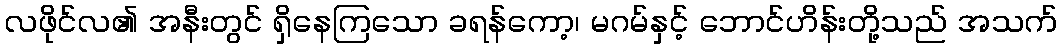
လဖိုင်လ၏ အနီးတွင် ရှိနေကြသော ခရန်ကော့၊ မဂမ်နှင့် ဘောင်ဟိန်းတို့သည် အသက်